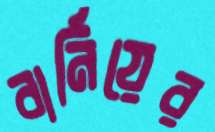
বার্নিয়ের